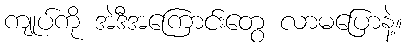
ကျုပ်ကို အဲဒီအကြောင်းတွေ လာမပြောနဲ့။